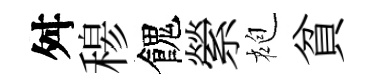
舛𥠇餽縈袍貧